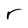
Character: r